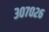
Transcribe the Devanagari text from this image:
३०७०२६